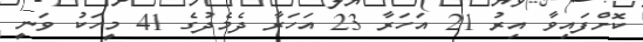
ކޮށްފައިވާ އިރު 21 އަހަރާ 23 އަހަރާ ދެމެދުގެ 41 މީހަކު ވަނީ